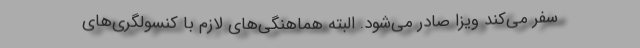
سفر می‌کند ویزا صادر می‌شود. البته هماهنگی‌های لازم با کنسولگری‌های